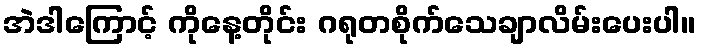
အဲဒါကြောင့် ကိုနေ့တိုင်း ဂရုတစိုက်သေချာလိမ်းပေးပါ။